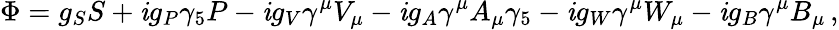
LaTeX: \Phi=g_{S}S+\mathit{i}g_{P}\gamma_{5}P-\mathit{i}g_{V}\gamma^{\mu}V_{\mu}-\mathit{i}g_{A}\gamma^{\mu}A_{\mu}\gamma_{5}-\mathit{i}g_{W}\gamma^{\mu}W_{\mu}-\mathit{i}g_{B}\gamma^{\mu}B_{\mu}\, ,